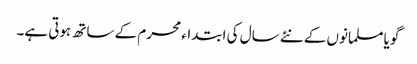
گویا مسلمانوں کے نئے سال کی ابتداء محرم کے ساتھ ہوتی ہے۔